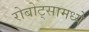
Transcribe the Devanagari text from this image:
रोबोट्सामध्ये